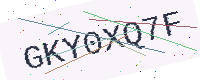
Text: GKY0XQ7F